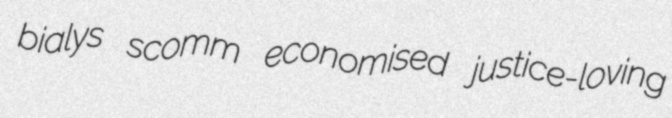
bialys scomm economised justice-loving